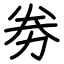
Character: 劵